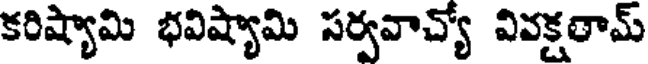
కరిష్యామి భవిష్యామి సర్వవాచ్యో వివక్షతామ్